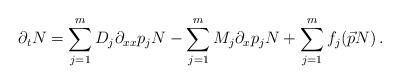
LaTeX: \begin{align*}\partial_t N = \sum_{j=1}^{m} D_j \partial_{xx} p_j N - \sum_{j=1}^m M_j \partial_x p_j N + \sum_{j=1}^m f_j (\vec{p}N)\, .\end{align*}